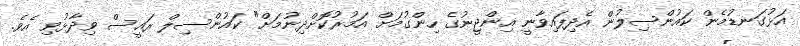
އަޅުގަނޑުމެން ކައުންސިލުން އެދިފައިވާނީ އިންޖީނުގެ ހިންގުމަށް އަމުރުކޮށްދިނުމަށް" ކައުންސިލް ރައީސް ވިދާޅުވި އެވެ.